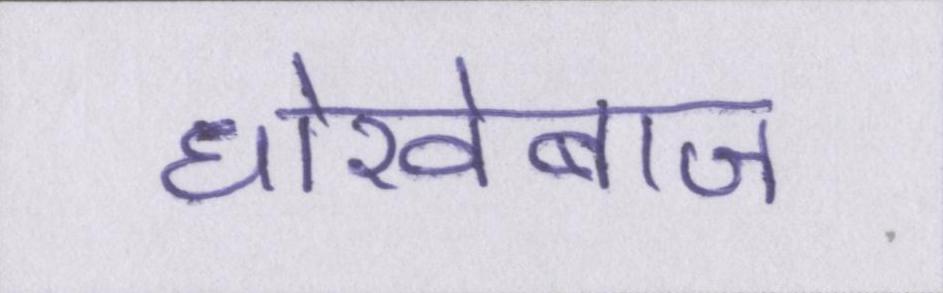
धोखेबाज